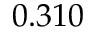
0 . 3 1 0